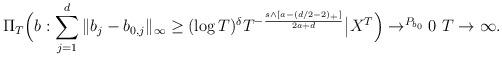
LaTeX: \begin{align*}\Pi_T \Big( b: \sum_{j=1}^d \|b_j-b_{0,j}\|_{\infty} \geq (\log T)^\delta T^{-\frac{s\wedge[a-(d/2-2)_+]}{2a+d}} \big| X^T \Big) \rightarrow^{P_{b_0}} 0~ T \to \infty.\end{align*}